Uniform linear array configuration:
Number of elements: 12
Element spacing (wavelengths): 0.25
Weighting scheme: hamming
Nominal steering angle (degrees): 15
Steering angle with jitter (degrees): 14.569
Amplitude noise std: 0.05
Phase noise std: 0.05

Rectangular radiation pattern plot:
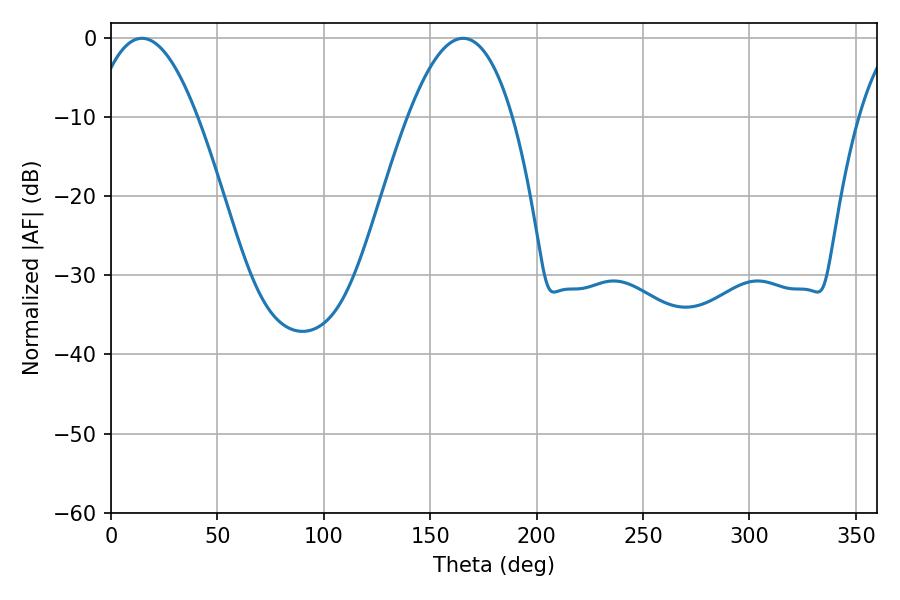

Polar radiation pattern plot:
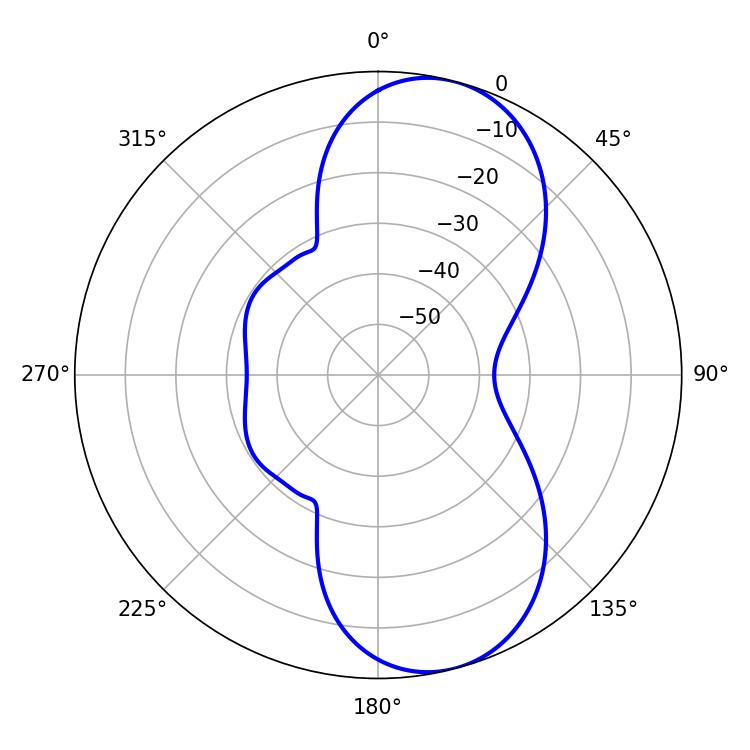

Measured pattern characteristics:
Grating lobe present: FALSE
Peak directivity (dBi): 8.788
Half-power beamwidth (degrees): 27
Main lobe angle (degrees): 14.58